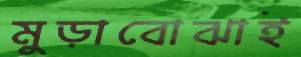
মুড়াবোঝাই